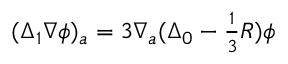
( \Delta _ { 1 } \nabla \phi ) _ { a } = 3 \nabla _ { a } ( \Delta _ { 0 } - { \textstyle \frac { 1 } { 3 } } R ) \phi